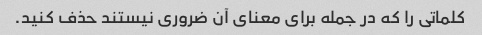
کلماتی را که در جمله برای معنای آن ضروری نیستند حذف کنید.